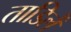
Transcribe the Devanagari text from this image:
ताडिलें